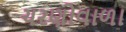
ચરણોવાળા